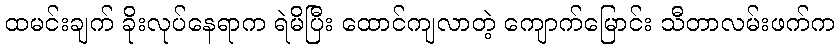
ထမင်းချက် ခိုးလုပ်နေရာက ရဲမိပြီး ထောင်ကျလာတဲ့ ကျောက်မြောင်း သီတာလမ်းဖက်က